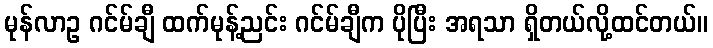
မုန်လာဥ ဂင်မ်ချီ ထက်မုန့်ညင်း ဂင်မ်ချီက ပိုပြီး အရသာ ရှိတယ်လို့ထင်တယ်။